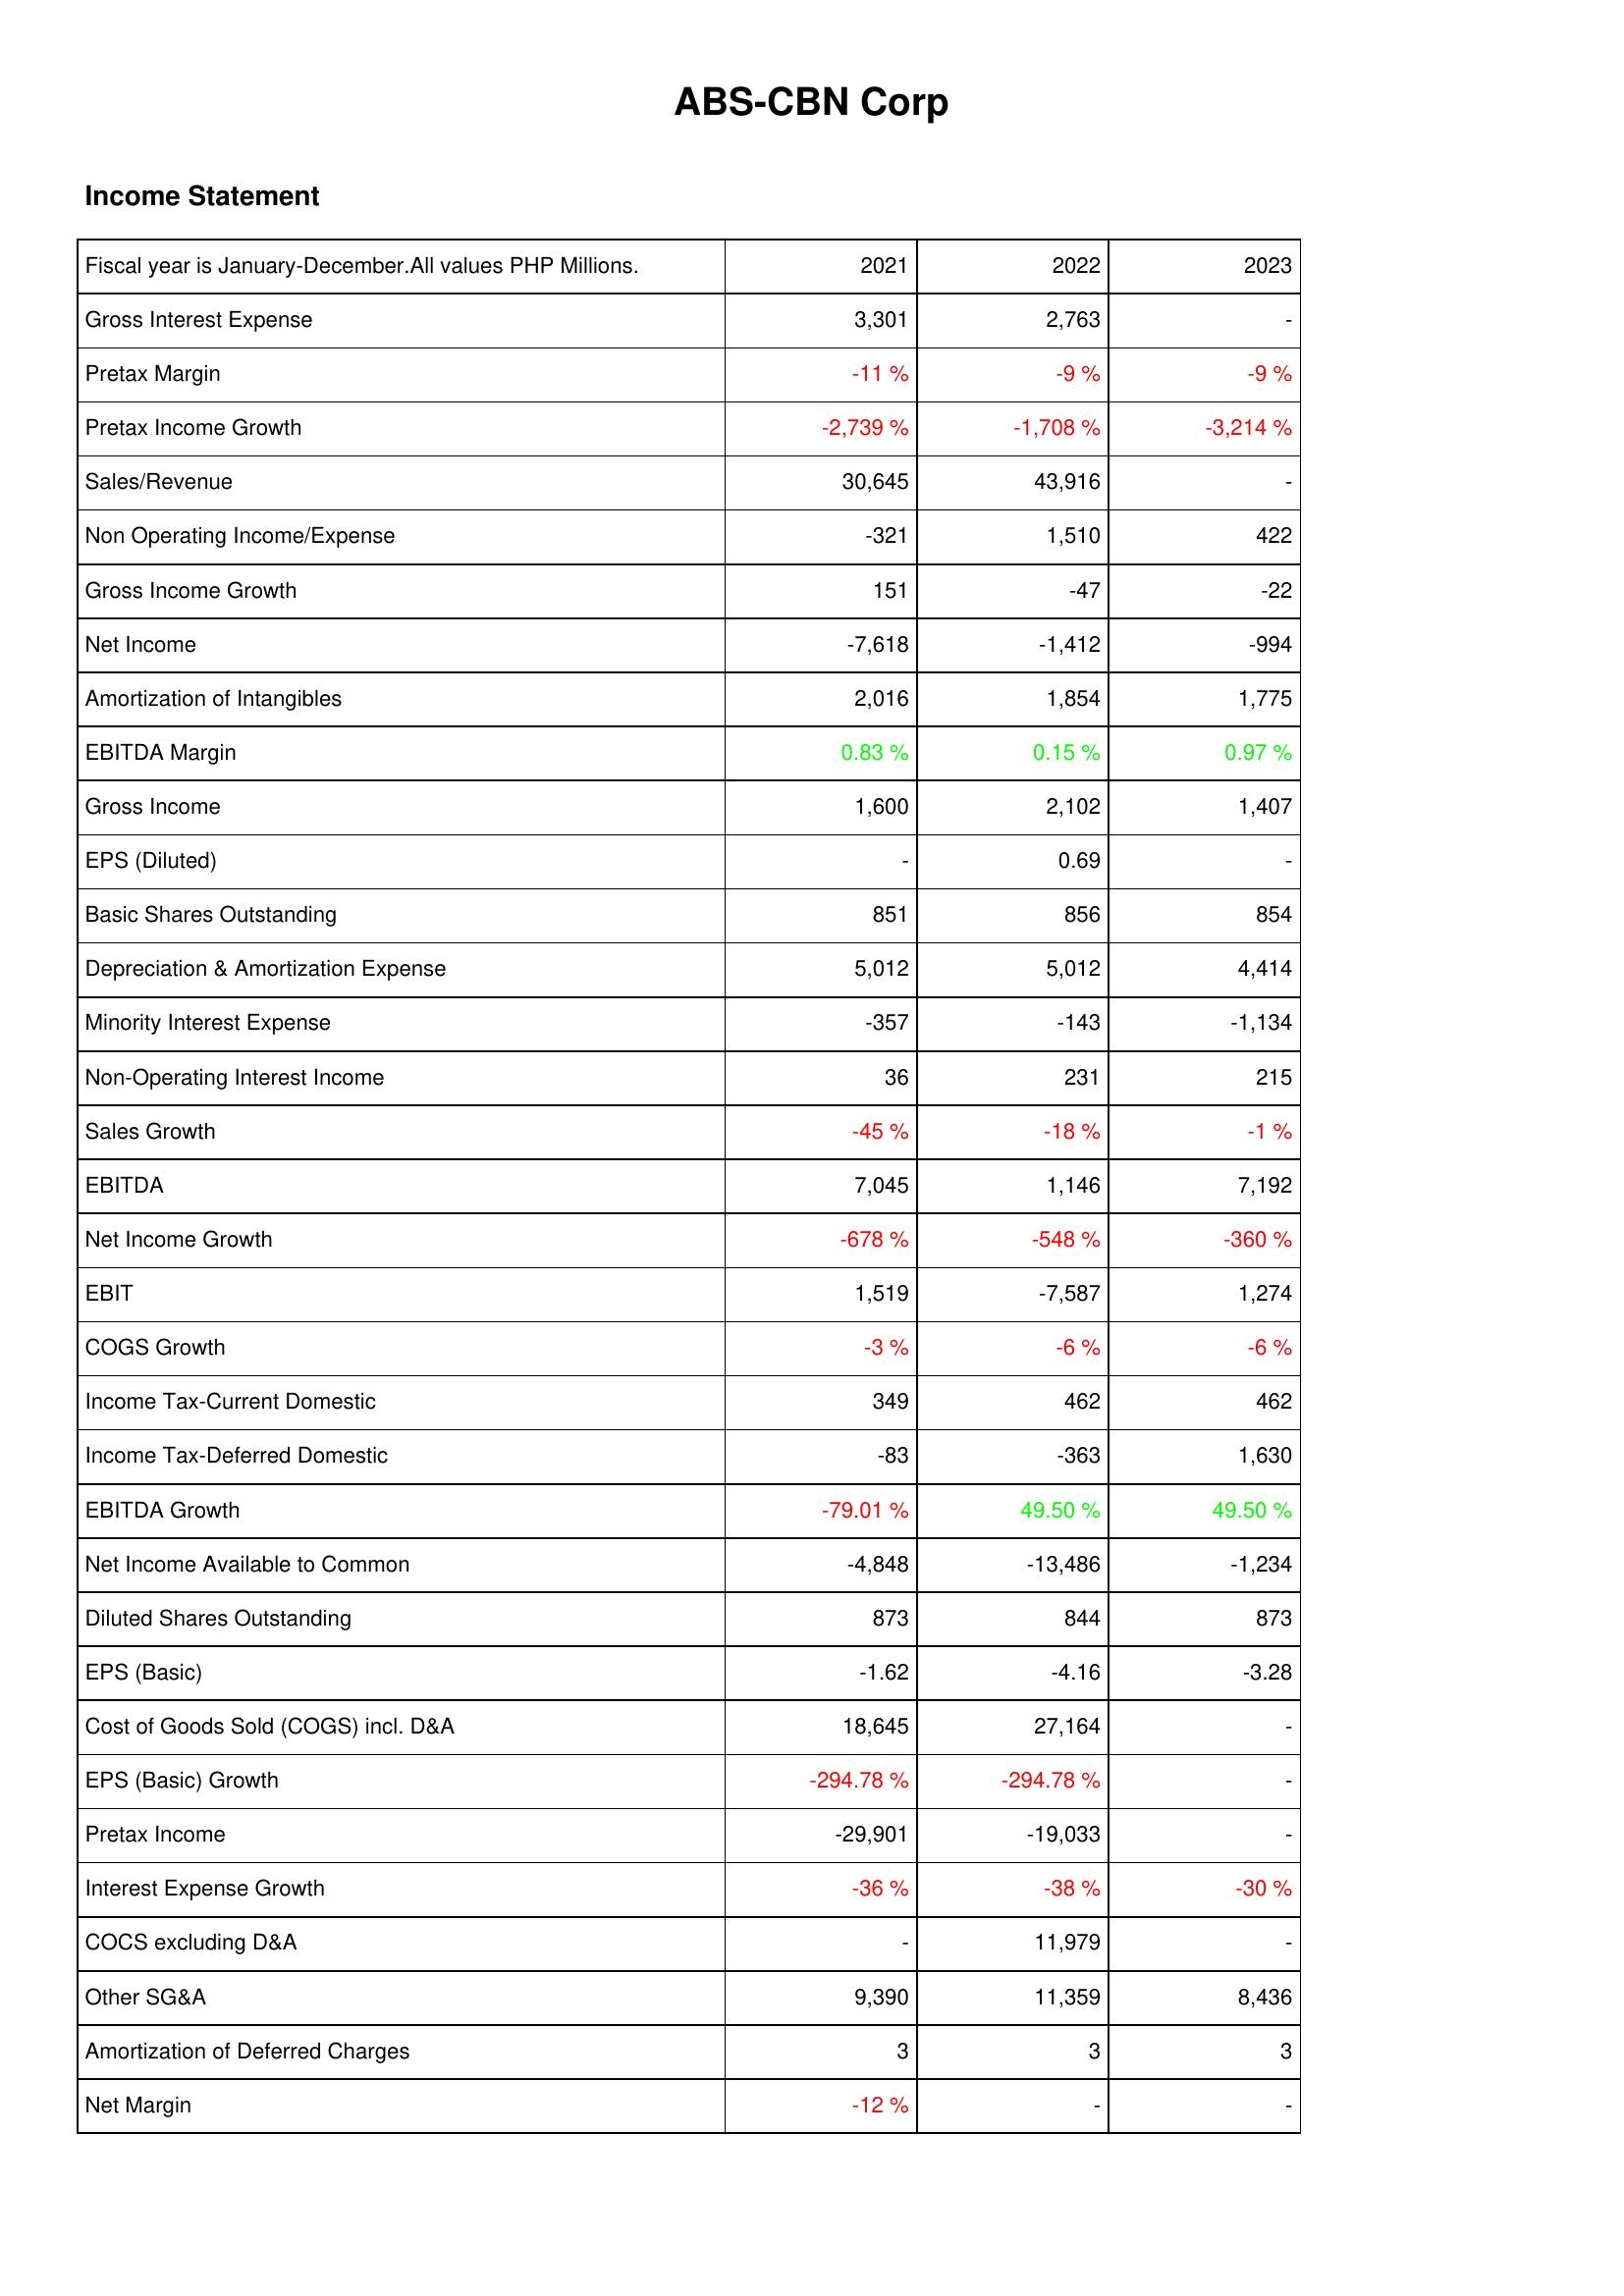
2021: Income Statement: Gross Interest Expense: 3,301
Pretax Margin: -11 %
Pretax Income Growth: -2,739 %
Sales/Revenue: 30,645
Non Operating Income/Expense: -321
Gross Income Growth: 151
Net Income: -7,618
Amortization of Intangibles: 2,016
EBITDA Margin: 0.83 %
Gross Income: 1,600
EPS (Diluted): -
Basic Shares Outstanding: 851
Depreciation & Amortization Expense: 5,012
Minority Interest Expense: -357
Non-Operating Interest Income: 36
Sales Growth: -45 %
EBITDA: 7,045
Net Income Growth: -678 %
EBIT: 1,519
COGS Growth: -3 %
Income Tax-Current Domestic: 349
Income Tax-Deferred Domestic: -83
EBITDA Growth: -79.01 %
Net Income Available to Common: -4,848
Diluted Shares Outstanding: 873
EPS (Basic): -1.62
Cost of Goods Sold (COGS) incl. D&A: 18,645
EPS (Basic) Growth: -294.78 %
Pretax Income: -29,901
Interest Expense Growth: -36 %
COCS excluding D&A: -
Other SG&A: 9,390
Amortization of Deferred Charges: 3
Net Margin: -12 %
2022: Income Statement: Gross Interest Expense: 2,763
Pretax Margin: -9 %
Pretax Income Growth: -1,708 %
Sales/Revenue: 43,916
Non Operating Income/Expense: 1,510
Gross Income Growth: -47
Net Income: -1,412
Amortization of Intangibles: 1,854
EBITDA Margin: 0.15 %
Gross Income: 2,102
EPS (Diluted): 0.69
Basic Shares Outstanding: 856
Depreciation & Amortization Expense: 5,012
Minority Interest Expense: -143
Non-Operating Interest Income: 231
Sales Growth: -18 %
EBITDA: 1,146
Net Income Growth: -548 %
EBIT: -7,587
COGS Growth: -6 %
Income Tax-Current Domestic: 462
Income Tax-Deferred Domestic: -363
EBITDA Growth: 49.50 %
Net Income Available to Common: -13,486
Diluted Shares Outstanding: 844
EPS (Basic): -4.16
Cost of Goods Sold (COGS) incl. D&A: 27,164
EPS (Basic) Growth: -294.78 %
Pretax Income: -19,033
Interest Expense Growth: -38 %
COCS excluding D&A: 11,979
Other SG&A: 11,359
Amortization of Deferred Charges: 3
Net Margin: -
2023: Income Statement: Gross Interest Expense: -
Pretax Margin: -9 %
Pretax Income Growth: -3,214 %
Sales/Revenue: -
Non Operating Income/Expense: 422
Gross Income Growth: -22
Net Income: -994
Amortization of Intangibles: 1,775
EBITDA Margin: 0.97 %
Gross Income: 1,407
EPS (Diluted): -
Basic Shares Outstanding: 854
Depreciation & Amortization Expense: 4,414
Minority Interest Expense: -1,134
Non-Operating Interest Income: 215
Sales Growth: -1 %
EBITDA: 7,192
Net Income Growth: -360 %
EBIT: 1,274
COGS Growth: -6 %
Income Tax-Current Domestic: 462
Income Tax-Deferred Domestic: 1,630
EBITDA Growth: 49.50 %
Net Income Available to Common: -1,234
Diluted Shares Outstanding: 873
EPS (Basic): -3.28
Cost of Goods Sold (COGS) incl. D&A: -
EPS (Basic) Growth: -
Pretax Income: -
Interest Expense Growth: -30 %
COCS excluding D&A: -
Other SG&A: 8,436
Amortization of Deferred Charges: 3
Net Margin: -